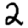
Digit: 2